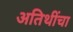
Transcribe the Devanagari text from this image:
अतिथींचा